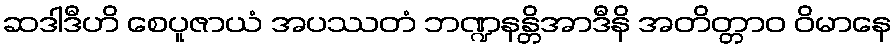
ဆဒါဒီဟိ စေပူဇာယံ အပဿတံ ဘဏ္ဍနန္တိအာဒီနိ အတိတ္တာဝ ဝိမာနေ